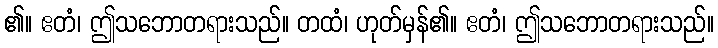
၏။ ဧတံ၊ ဤသဘောတရားသည်။ တထံ၊ ဟုတ်မှန်၏။ ဧတံ၊ ဤသဘောတရားသည်။